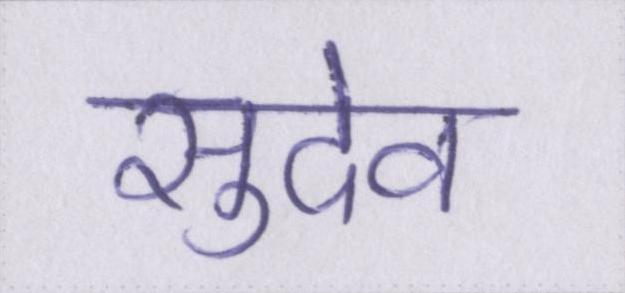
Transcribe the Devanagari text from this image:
सुदेव